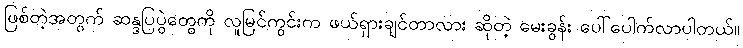
ဖြစ်တဲ့အတွက် ဆန္ဒပြပွဲတွေကို လူမြင်ကွင်းက ဖယ်ရှားချင်တာလား ဆိုတဲ့ မေးခွန်း ပေါ်ပေါက်လာပါတယ်။